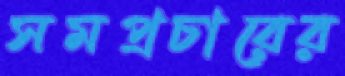
সমপ্রচারের